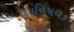
ઉપનિષધક